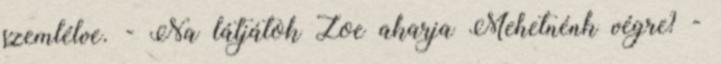
szemlélve. - Na látjátok Zoe akarja Mehetnénk végre? -